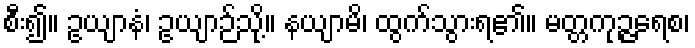
စီး၍။ ဥယျာနံ၊ ဥယျာဉ်သို့။ နယျာမိ၊ ထွက်သွားရ၏။ မတ္တကုဉ္ဇရေစ၊